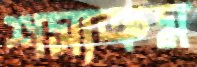
শস্যক্রম